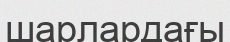
шарлардағы